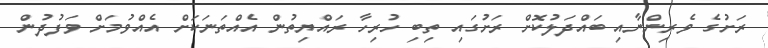
ރަށުގެ ވެރިންނާއި ބައްދަލުކޮށް ރަށުގައި ތިބި ހުރިހާ ރައްޔިތުން އެއްތަނަކަށް އެއްވުމަށް ވަފުދުން